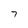
Character: 7